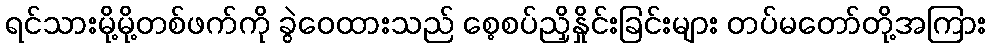
ရင်သားမို့မို့တစ်ဖက်ကို ခွဲဝေထားသည် စေ့စပ်ညှိနှိုင်းခြင်းများ တပ်မတော်တို့အကြား